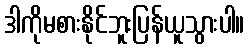
ဒါကိုမစားနိုင်ဘူးပြန်ယူသွားပါ။